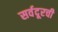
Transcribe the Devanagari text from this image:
सर्वदूरची